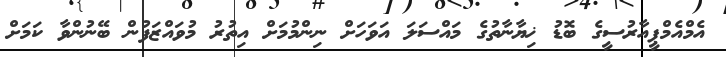
އެމްއެމްޕީއާރުސީގެ ބޮޑު ޚިޔާނާތުގެ މައްސަލަ އަވަހަށް ނިންމުމަށް އިތުރު މުވައްޒަފުން ބޭނުންވާ ކަމަށް